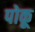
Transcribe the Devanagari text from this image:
पोकू